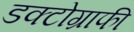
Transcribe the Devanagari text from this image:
डक्टोग्राफी